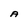
Character: A